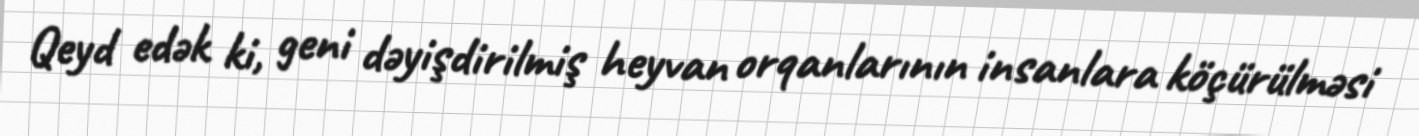
Qeyd edək ki, geni dəyişdirilmiş heyvan orqanlarının insanlara köçürülməsi